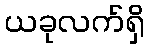
ယခုလက်ရှိ